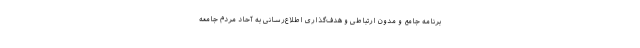
برنامه جامع و مدون ارتباطی و هدف‌گذاری اطلاع‌رسانی به آحاد مردم جامعه